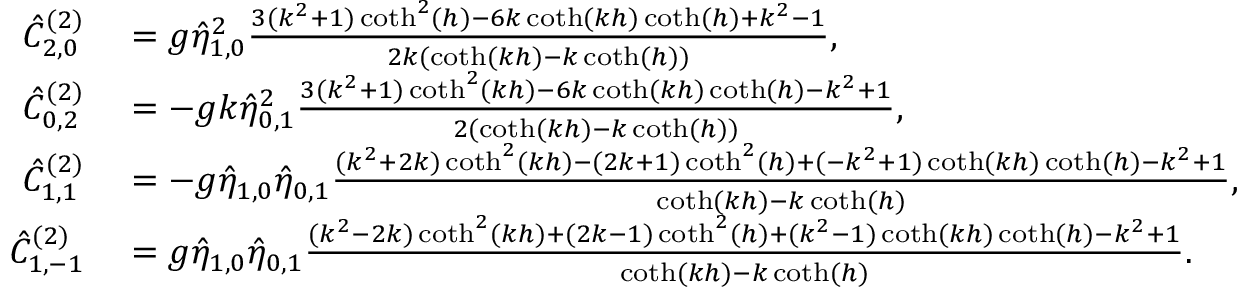
\begin{array} { r l } { \hat { C } _ { 2 , 0 } ^ { ( 2 ) } } & { { } = g \hat { \eta } _ { 1 , 0 } ^ { 2 } \frac { 3 ( k ^ { 2 } + 1 ) \coth ^ { 2 } ( h ) - 6 k \coth ( k h ) \coth ( h ) + k ^ { 2 } - 1 } { 2 k ( \coth ( k h ) - k \coth ( h ) ) } , } \\ { \hat { C } _ { 0 , 2 } ^ { ( 2 ) } } & { { } = - g k \hat { \eta } _ { 0 , 1 } ^ { 2 } \frac { 3 ( k ^ { 2 } + 1 ) \coth ^ { 2 } ( k h ) - 6 k \coth ( k h ) \coth ( h ) - k ^ { 2 } + 1 } { 2 ( \coth ( k h ) - k \coth ( h ) ) } , } \\ { \hat { C } _ { 1 , 1 } ^ { ( 2 ) } } & { { } = - g \hat { \eta } _ { 1 , 0 } \hat { \eta } _ { 0 , 1 } \frac { ( k ^ { 2 } + 2 k ) \coth ^ { 2 } ( k h ) - ( 2 k + 1 ) \coth ^ { 2 } ( h ) + ( - k ^ { 2 } + 1 ) \coth ( k h ) \coth ( h ) - k ^ { 2 } + 1 } { \coth ( k h ) - k \coth ( h ) } , } \\ { \hat { C } _ { 1 , - 1 } ^ { ( 2 ) } } & { { } = g \hat { \eta } _ { 1 , 0 } \hat { \eta } _ { 0 , 1 } \frac { ( k ^ { 2 } - 2 k ) \coth ^ { 2 } ( k h ) + ( 2 k - 1 ) \coth ^ { 2 } ( h ) + ( k ^ { 2 } - 1 ) \coth ( k h ) \coth ( h ) - k ^ { 2 } + 1 } { \coth ( k h ) - k \coth ( h ) } . } \end{array}